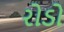
રોડો